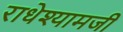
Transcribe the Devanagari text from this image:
राधेश्यामजी